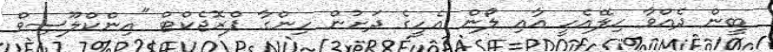
ބީން ދެއްވާ ހިލޭއެހީ އާއި ލޯން އެހީގެ ދަށުން ހިންގާ ޕްރޮޖެކްޓް "އިންކްލޫސިވް